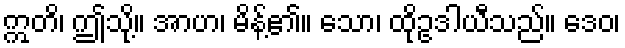
ဣတိ၊ ဤသို့။ အာဟ၊ မိန့်၏။ သော၊ ထိုဥဒါယီသည်။ ဒေဝ၊